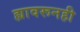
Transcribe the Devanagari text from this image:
ह्यावरूनही